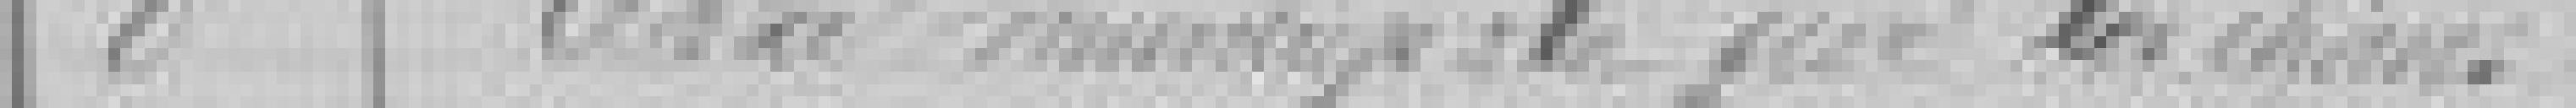
8. taxe municipale sur les clients ?